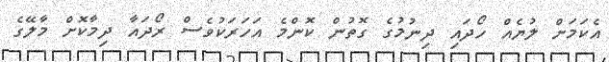
އެކަމަށް ލުޔެއް ހޯދައި ދިނުމުގެ ގޮތުން ކޮންމެ އަހަރަކުވެސް ރޯދައާ ދިމާކޮށް މާލޭގެ